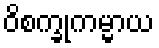
ဝိစက္ခုကမ္မာယ